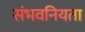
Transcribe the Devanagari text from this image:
संभवनियता